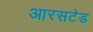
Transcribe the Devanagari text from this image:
आरसटेड